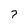
Character: 7